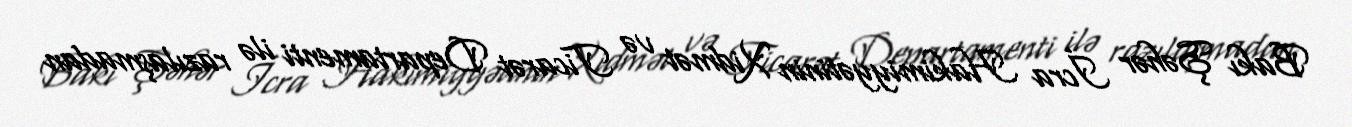
Bakı Şəhər İcra Hakimiyyətinin Xidmət və Ticarət Departamenti ilə razılaşmadan